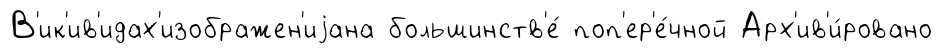
В'ик'ив'идах'изображен'иjана большинств'е́ поп'ер'е́чной Арх'ив'и́ровано